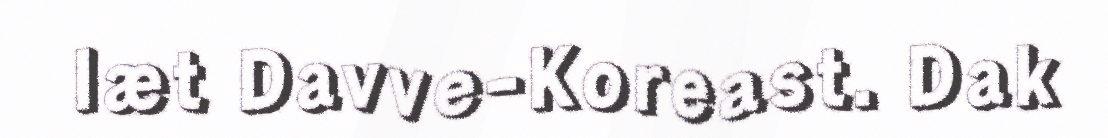
læt Davve-Koreast. Dak